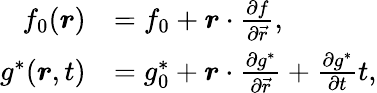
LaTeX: \begin{array}{rl}{f_{0}(\boldsymbol{r})}&{=f_{0}+\boldsymbol{r}\cdot\frac{\partial f}{\partial\vec{r}},}\\ {g^{\ast}(\boldsymbol{r},t)}&{=g_{0}^{\ast}+\boldsymbol{r}\cdot\frac{\partial g^{\ast}}{\partial\vec{r}}+\frac{\partial g^{\ast}}{\partial t}t,}\end{array}